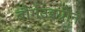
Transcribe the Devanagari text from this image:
बौर्गउइग्नोंन